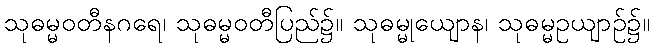
သုဓမ္မဝတီနဂရေ၊ သုဓမ္မဝတီပြည်၌။ သုဓမ္မုယျောန၊ သုဓမ္မဥယျာဉ်၌။